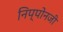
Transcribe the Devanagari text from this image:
निप्पोनजी